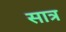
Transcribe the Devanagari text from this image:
सात्र